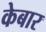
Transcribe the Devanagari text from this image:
केबार